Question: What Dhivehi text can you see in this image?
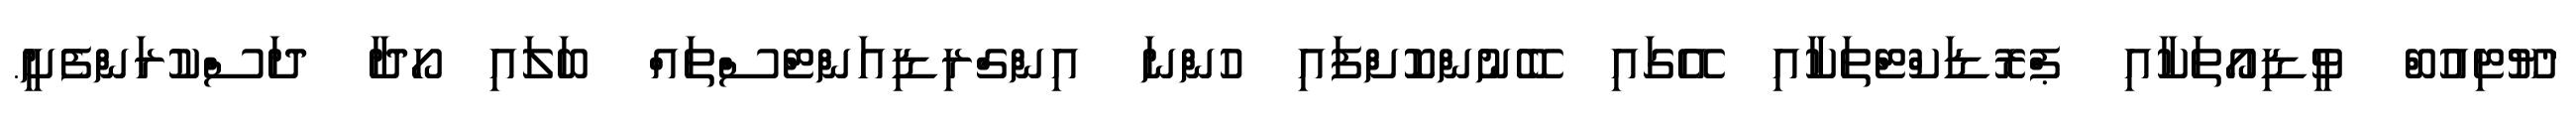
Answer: "ޔޫޓިއުބް ވީޑިއޯތަކާއި ޕްރޮޑަކްޓްތަކާއި އޭގައި ބޭނުންކޮށްފައި ހުންނަ އިންގްރިޑިއަންޓްސްތައް ބަލައި ހޯދާ ދަސްކުރަންފެށީ.